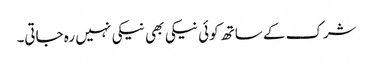
شرک کے ساتھ کوئی نیکی بھی نیکی نہیں رہ جاتی۔